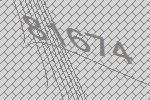
81674